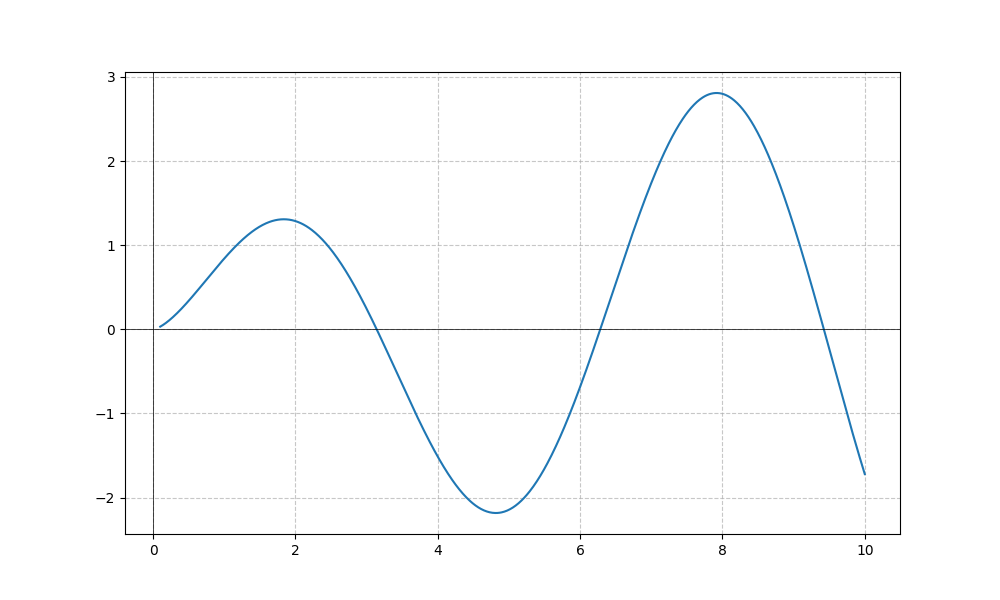
LaTeX formula: \sqrt{x} \sin{\left(x \right)}